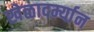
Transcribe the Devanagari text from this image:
खेळादर्म्यान